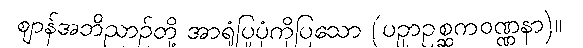
ဈာန်အဘိညာဉ်တို့ အာရုံပြုပုံကိုပြသော (ပဥှာဥစ္ဆကဝဏ္ဏနာ)။